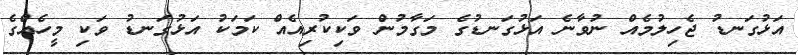
އަޅުގަނޑު ޖެހިލުމެއް ނުވާނެ އަޅުގަނޑުގެ މަގާމުން ވަކިކުރިއެއް ކަމަކު އަޅުގަނޑު ވަކި މީހެއްގެ